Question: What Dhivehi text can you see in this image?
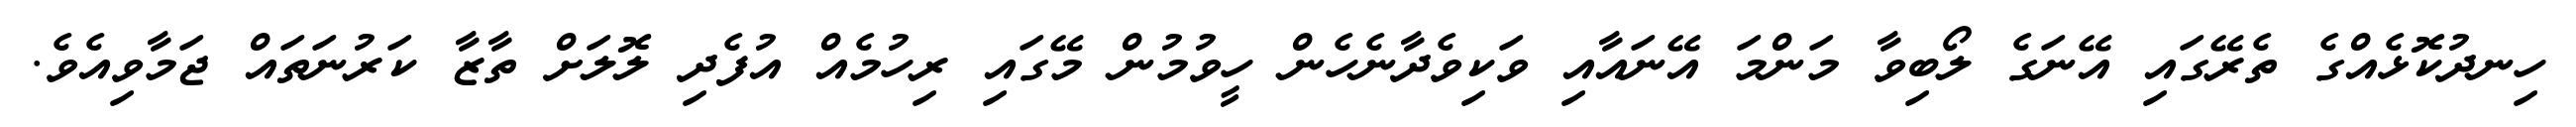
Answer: ހިނދުކޮޅެއްގެ ތެރޭގައި އޭނަގެ ލޯބިވާ މަންމަ އޭނައާއި ވަކިވެދާނެހެން ހީވުމުން މޭގައި ރިހުމެއް އުފެދި ލޮލަށް ތާޒާ ކަރުނަތައް ޖަމާވިއެވެ.